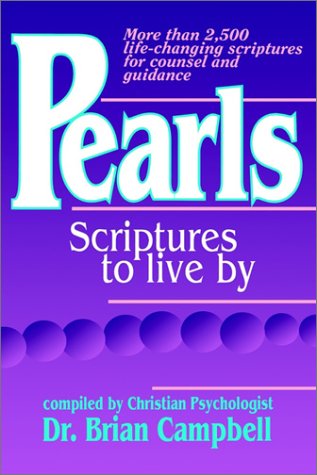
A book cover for Pearls: Scriptures to Live by; Christian Books & Bibles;